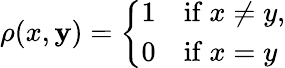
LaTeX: \rho(x,\mathbf{y})=\left\{ {\begin{array}{ll}{1}&{{\mathrm{if}}\ x\neq y,}\\ {0}&{{\mathrm{if}}\ x=y}\end{array}}\right.